Calcutta medical institutions reports 1892-1900
Year: 1892
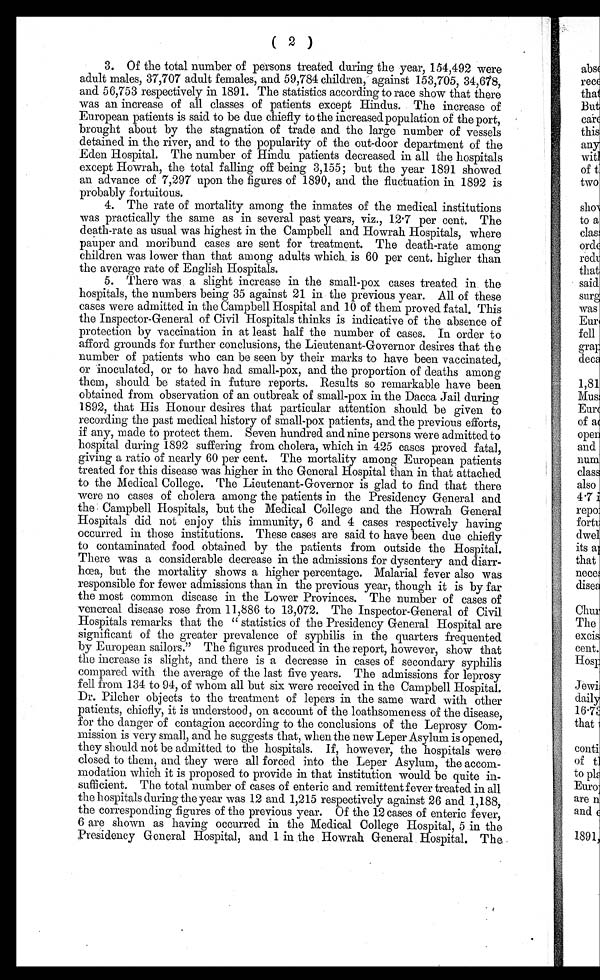
( 2 )
3. Of the total number of persons treated during the year, 154,492 were
adult males, 37,707 adult females, and 59,784 children, against 153,705, 34,678,
and 56,753 respectively in 1891. The statistics according to race show that there
was an increase of all classes of patients except Hindus. The increase of
European patients is said to be due chiefly to the increased population of the port,
brought about by the stagnation of trade and the large number of vessels
detained in the river, and to the popularity of the out-door department of the
Eden Hospital. The number of Hindu patients decreased in all the hospitals
except Howrah, the total falling off being 3,155; but the year 1891 showed
an advance of 7,297 upon the figures of 1890, and the fluctuation in 1892 is
probably fortuitous.
4. The rate of mortality among the inmates of the medical institutions
was practically the same as in several past years, viz., 12.7 per cent. The
death-rate as usual was highest in the Campbell and Howrah Hospitals, where
pauper and moribund cases are sent for treatment. The death-rate among
children was lower than that among adults which is 60 per cent. higher than
the average rate of English Hospitals.
5. There was a slight increase in the small-pox cases treated in the
hospitals, the numbers being 35 against 21 in the previous year. All of these
cases were admitted in the Campbell Hospital and 10 of them proved fatal. This
the Inspector-General of Civil Hospitals thinks is indicative of the absence of
protection by vaccination in at least half the number of cases. In order to
afford grounds for further conclusions, the Lieutenant-Governor desires that the
number of patients who can be seen by their marks to have been vaccinated,
or inoculated, or to have had small-pox, and the proportion of deaths among
them, should be stated in future reports. Results so remarkable have been
obtained from observation of an outbreak of small-pox in the Dacca Jail during
1892, that His Honour desires that particular attention should be given to
recording the past medical history of small-pox patients, and the previous efforts,
if any, made to protect them. Seven hundred and nine persons were admitted to
hospital during 1892 suffering from cholera, which in 425 cases proved fatal,
giving a ratio of nearly 60 per cent. The mortality among European patients
treated for this disease was higher in the General Hospital than in that attached
to the Medical College. The Lieutenant-Governor is glad to find that there
were no cases of cholera among the patients in the Presidency General and
the Campbell Hospitals, but the Medical College and the Howrah General
Hospitals did not enjoy this immunity, 6 and 4 cases respectively having
occurred in those institutions. These cases are said to have been due chiefly
to contaminated food obtained by the patients from outside the Hospital.
There was a considerable decrease in the admissions for dysentery and diarr-
hoea, but the mortality shows a higher percentage. Malarial fever also was
responsible for fewer admissions than in the previous year, though it is by far
the most common disease in the Lower Provinces. The number of cases of
venereal disease rose from 11,886 to 13,072. The Inspector-General of Civil
Hospitals remarks that the "statistics of the Presidency General Hospital are
significant of the greater prevalence of syphilis in the quarters frequented
by European sailors." The figures produced in the report, however, show that
the increase is slight, and there is a decrease in cases of secondary syphilis
compared with the average of the last five years. The admissions for leprosy
fell from 134 to 94, of whom all but six were received in the Campbell Hospital.
Dr. Pilcher objects to the treatment of lepers in the same ward with other
patients, chiefly, it is understood, on account of the loathsomeness of the disease,
for the danger of contagion according to the conclusions of the Leprosy Com-
mission is very small, and he suggests that, when the new Leper Asylum is opened,
they should not be admitted to the hospitals. If, however, the hospitals were
closed to them, and they were all forced into the Leper Asylum, the accom-
modation which it is proposed to provide in that institution would be quite in-
sufficient. The total number of cases of enteric and remittent fever treated in all
the hospitals during the year was 12 and 1,215 respectively against 26 and 1,188,
the corresponding figures of the previous year. Of the 12 cases of enteric fever,
6 are shown as having occurred in the Medical College Hospital, 5 in the
Presidency General Hospital, and 1 in the Howrah General Hospital. Thes